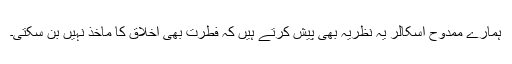
ہمارے ممدوح اسکالر یہ نظریہ بھی پیش کرتے ہیں کہ فطرت بھی اخلاق کا ماخذ نہیں بن سکتی۔